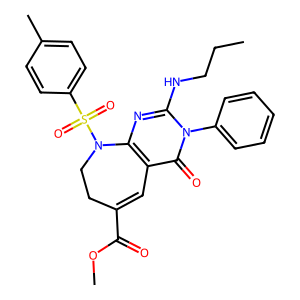
SMILES: CCCNc1nc2c(c(=O)n1-c1ccccc1)C=C(C(=O)OC)CCN2S(=O)(=O)c1ccc(C)cc1
Inhibits HIV replication: No